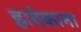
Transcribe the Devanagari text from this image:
ह्रादेकाना